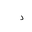
Letter: _dal